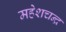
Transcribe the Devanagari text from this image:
महेशचन्द्र